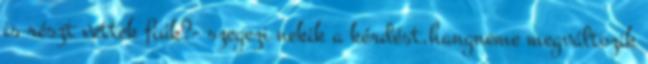
is részt vettek fiúk?- szegezi nekik a kérdést,hangneme megváltozik